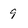
Character: 9